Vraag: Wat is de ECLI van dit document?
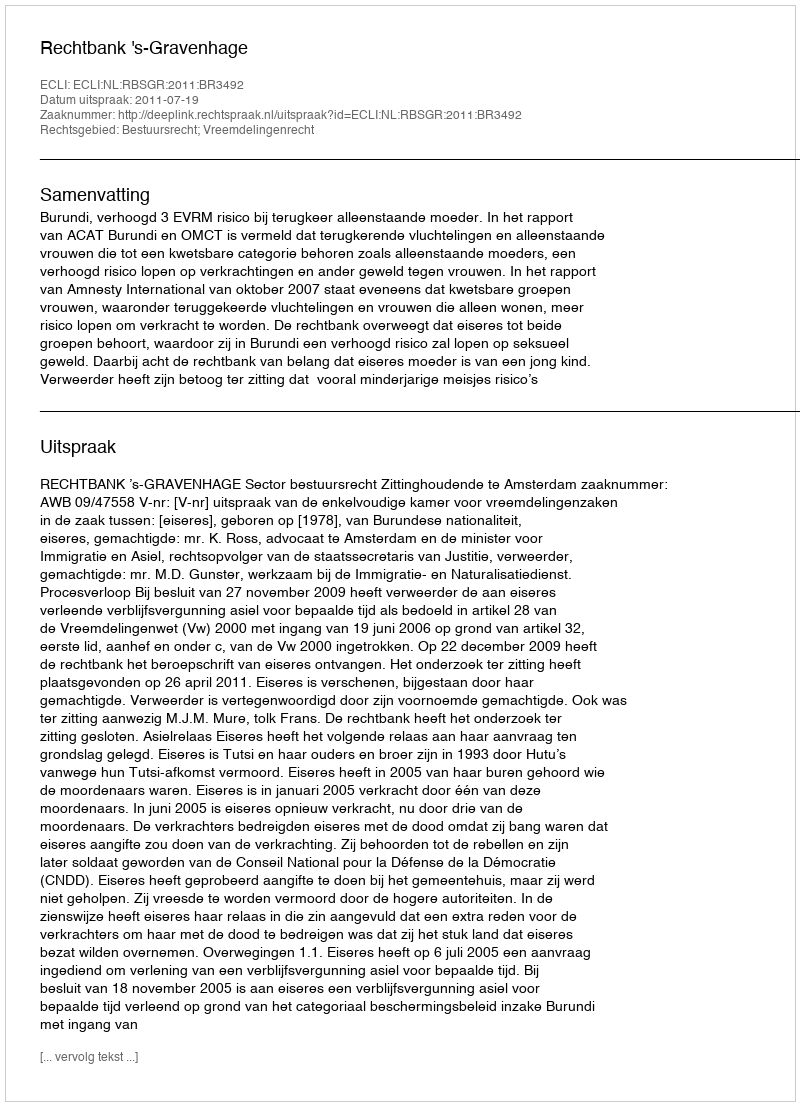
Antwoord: ECLI:NL:RBSGR:2011:BR3492